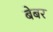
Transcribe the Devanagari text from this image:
बेबर